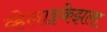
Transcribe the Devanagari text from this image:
व्हेलाझ्केझला